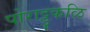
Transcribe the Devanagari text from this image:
पोराट्टुकळि